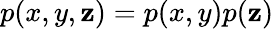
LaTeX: p(x,y,\mathbf{z})=p(x,y)p(\mathbf{z})